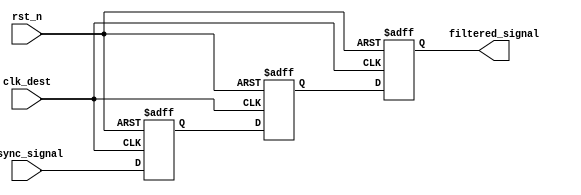
module meta_stability_filter (
    input wire clk_dest,          // Destination clock
    input wire rst_n,             // Active low reset
    input wire async_signal,      // Signal from the source clock domain
    output reg filtered_signal     // Synchronized output signal
);

    // Internal signals for the flip-flops
    reg ff1_out;
    reg ff2_out;

    // First stage flip-flop
    always @(posedge clk_dest or negedge rst_n) begin
        if (!rst_n) begin
            ff1_out <= 1'b0; // Reset state
        end else begin
            ff1_out <= async_signal; // Sample async signal
        end
    end

    // Second stage flip-flop
    always @(posedge clk_dest or negedge rst_n) begin
        if (!rst_n) begin
            ff2_out <= 1'b0; // Reset state
        end else begin
            ff2_out <= ff1_out; // Pass through first stage output
        end
    end

    // Third stage flip-flop
    always @(posedge clk_dest or negedge rst_n) begin
        if (!rst_n) begin
            filtered_signal <= 1'b0; // Reset state
        end else begin
            filtered_signal <= ff2_out; // Final output
        end
    end

endmodule